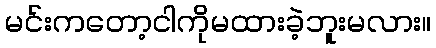
မင်းကတော့ငါကိုမထားခဲ့ဘူးမလား။